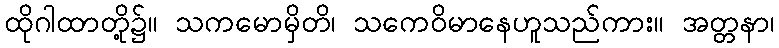
ထိုဂါထာတို့၌။ သကမောမှိတိ၊ သကေဝိမာနေဟူသည်ကား။ အတ္တနာ၊